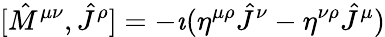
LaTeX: [{\hat{M}}^{\mu\nu},{\hat{J}}^{\rho}]=-\imath(\eta^{\mu\rho}{\hat{J}}^{\nu}-\eta^{\nu\rho}{\hat{J}}^{\mu})